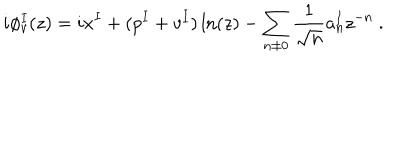
i \phi _ { v } ^ { I } ( z ) = i x ^ { I } + ( p ^ { I } + v ^ { I } ) \ln ( z ) - \sum _ { n \not = 0 } { \frac { 1 } { \sqrt { n } } } a _ { n } ^ { I } z ^ { - n } ~ .